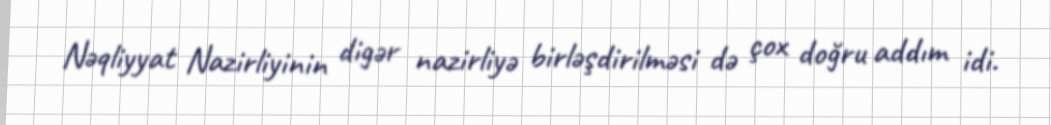
Nəqliyyat Nazirliyinin digər nazirliyə birləşdirilməsi də çox doğru addım idi.